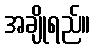
အချိုရည်။